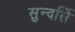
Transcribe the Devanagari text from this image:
सुन्दर्सि